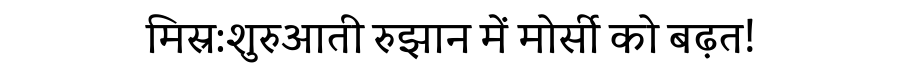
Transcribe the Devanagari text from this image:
मिस्र:शुरुआती रुझान में मोर्सी को बढ़त!